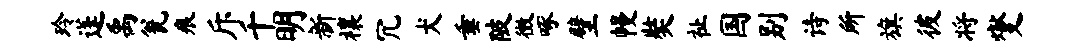
玲蓬禹瓮痕斥千明新禳冗犬垂陂徵啄壁幔奘祉国别诗所旗彼将燮